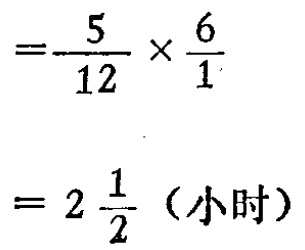
\[

\begin{align*}

&=\frac{5}{12} \times \frac{6}{1}\\

&= 2\frac{1}{2}（小时）

\end{align*}

\]